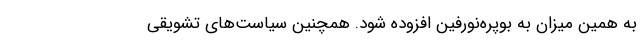
به همین میزان به بوپره‌نورفین افزوده شود. همچنین سیاست‌های تشویقی